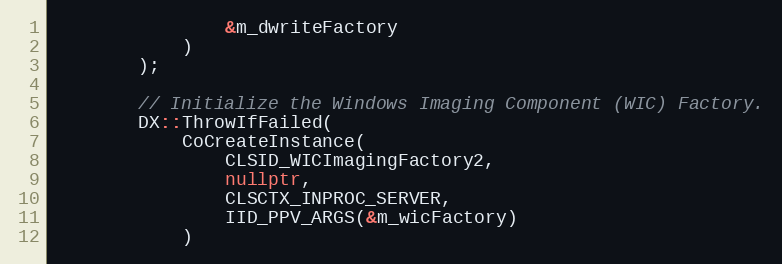
Language: C++
                &m_dwriteFactory
            )
        );

        // Initialize the Windows Imaging Component (WIC) Factory.
        DX::ThrowIfFailed(
            CoCreateInstance(
                CLSID_WICImagingFactory2,
                nullptr,
                CLSCTX_INPROC_SERVER,
                IID_PPV_ARGS(&m_wicFactory)
            )